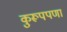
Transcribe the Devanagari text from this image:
कुरूपपणा